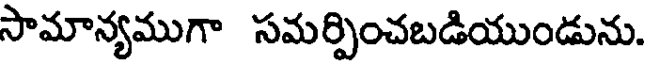
సామాన్యముగా సమర్పించబడియుండును.